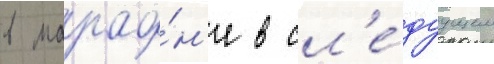
в марафо́н'е в сл'е́дуущем